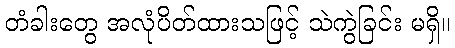
တံခါးတွေ အလုံပိတ်ထားသဖြင့် သဲကွဲခြင်း မရှိ။